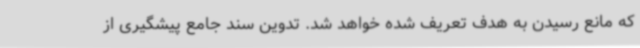
که مانع رسیدن به هدف تعریف شده خواهد شد. تدوین سند جامع پیشگیری از